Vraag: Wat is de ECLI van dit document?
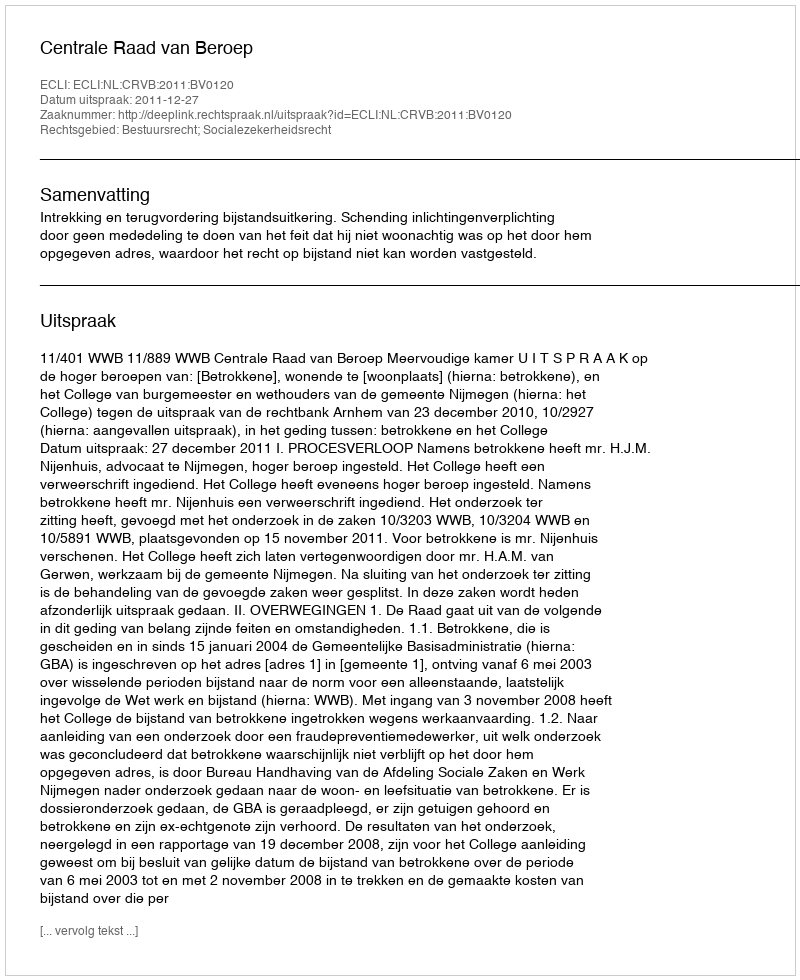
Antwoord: ECLI:NL:CRVB:2011:BV0120